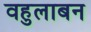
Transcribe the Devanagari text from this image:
वहुलाबन